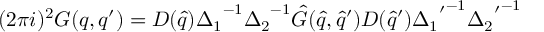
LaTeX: ( 2 { \pi } i ) ^ { 2 } G ( q , q ^ { \prime } ) = D ( { \hat { q } } ) { \Delta _ { 1 } } ^ { - 1 } { \Delta _ { 2 } } ^ { - 1 } { \hat { G } } ( { \hat { q } } , { \hat { q } } ^ { \prime } ) D ( { \hat { q } } ^ { \prime } ) { { \Delta _ { 1 } } ^ { \prime } } ^ { - 1 } { { \Delta _ { 2 } } ^ { \prime } } ^ { - 1 }